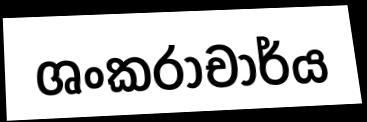
ශංකරාචාර්ය